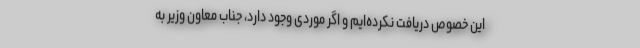
این خصوص دریافت نکرده‌ایم و اگر موردی وجود دارد، جناب معاون وزیر به